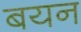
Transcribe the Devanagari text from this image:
बयन